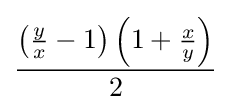
{\frac {\left({\frac {y}{x}}-1\right)\left(1+{\frac {x}{y}}\right)}{2}}